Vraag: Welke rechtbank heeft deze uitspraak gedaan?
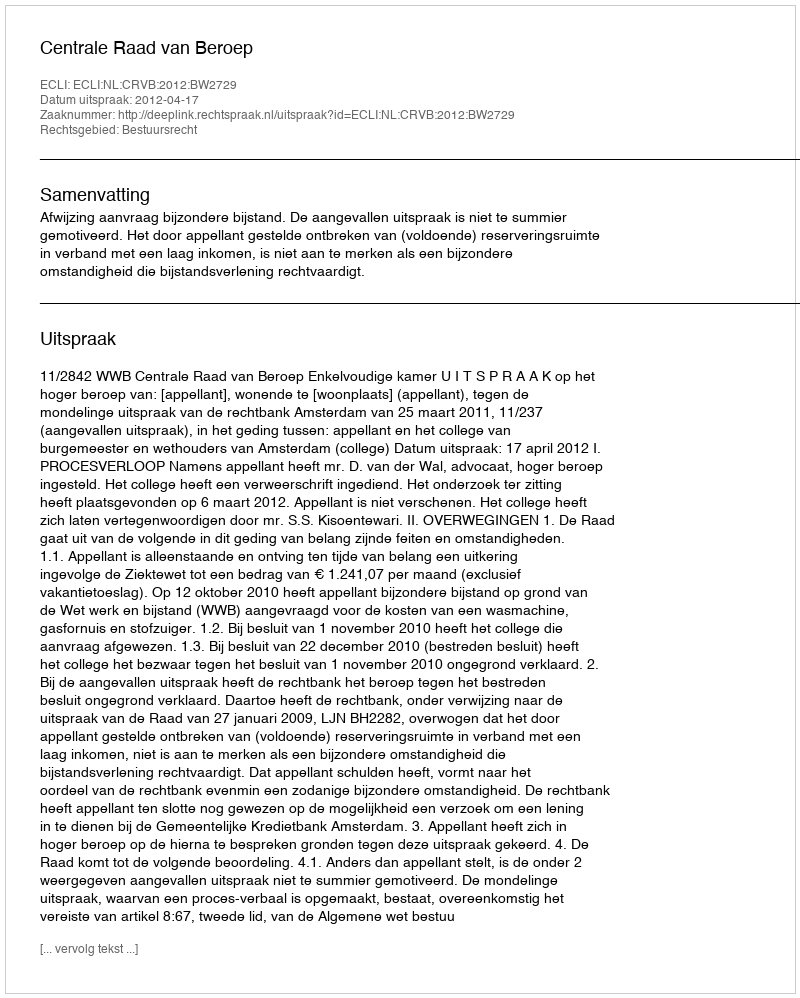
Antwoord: Centrale Raad van Beroep